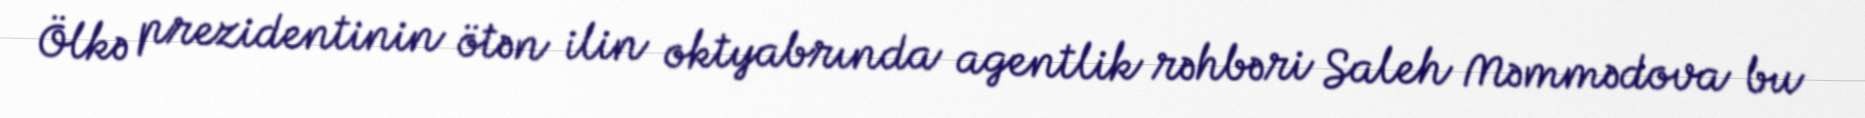
Ölkə prezidentinin ötən ilin oktyabrında agentlik rəhbəri Saleh Məmmədova bu